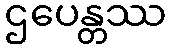
ဌပေန္တဿ